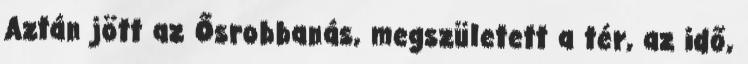
Aztán jött az Ősrobbanás, megszületett a tér, az idő,